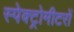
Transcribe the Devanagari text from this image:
स्पेक्ट्रोमीटरों